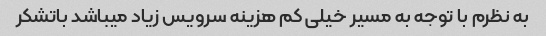
به نظرم با توجه به مسیر خیلی کم هزینه سرویس زیاد میباشد باتشکر